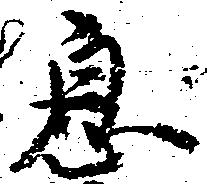
息